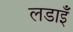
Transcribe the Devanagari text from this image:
लडाइँ